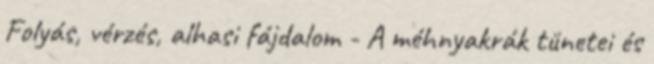
Folyás, vérzés, alhasi fájdalom - A méhnyakrák tünetei és